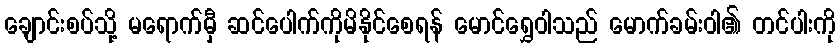
ချောင်းစပ်သို့ မရောက်မှီ ဆင်ပေါက်ကိုမိနိုင်စေရန် မောင်ရွှေဝါသည် မောက်ခမ်းဝါ၏ တင်ပါးကို